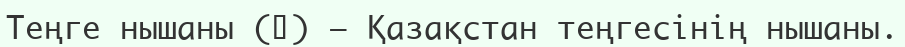
Теңге нышаны (₸) — Қазақстан теңгесінің нышаны.